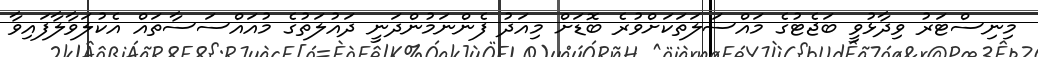
މިނިސްޓަރު ވިދާޅުވީ ބަޖެޓުގެ މައްސަލަތަކަށްވުރެ ބޮޑަށް މިއަދު ފެންނަމުންދަނީ ދައުލަތުގެ މުއައްސަސާތައް އެކުލަވާލާފައިވާ